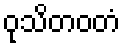
ဝုသိတဝတံ